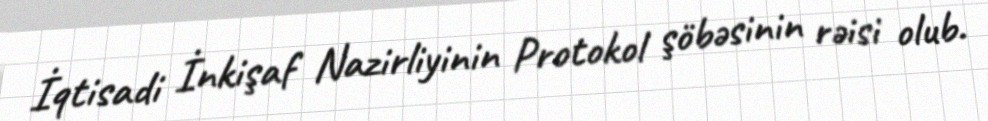
İqtisadi İnkişaf Nazirliyinin Protokol şöbəsinin rəisi olub.